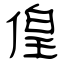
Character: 偟